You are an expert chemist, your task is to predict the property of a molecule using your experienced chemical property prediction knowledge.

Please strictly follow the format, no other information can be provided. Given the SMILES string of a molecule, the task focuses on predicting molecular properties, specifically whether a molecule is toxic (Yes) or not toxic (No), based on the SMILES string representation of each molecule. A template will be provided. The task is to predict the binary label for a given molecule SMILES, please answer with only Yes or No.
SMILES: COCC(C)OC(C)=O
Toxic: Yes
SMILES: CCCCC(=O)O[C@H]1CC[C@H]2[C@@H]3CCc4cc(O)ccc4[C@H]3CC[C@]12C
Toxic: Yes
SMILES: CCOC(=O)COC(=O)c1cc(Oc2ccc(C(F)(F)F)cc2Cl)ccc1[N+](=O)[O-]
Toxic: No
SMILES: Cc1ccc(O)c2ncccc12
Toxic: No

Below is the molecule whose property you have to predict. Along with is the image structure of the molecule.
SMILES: CON(C)C(=O)Nc1ccc(Br)cc1
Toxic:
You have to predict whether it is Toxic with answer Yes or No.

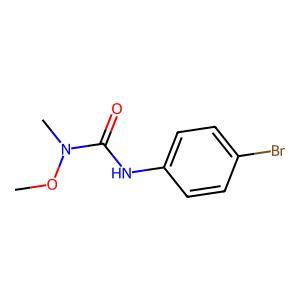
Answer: No